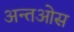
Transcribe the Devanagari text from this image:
अन्तओस